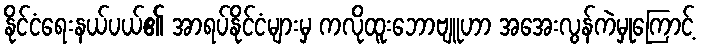
နိုင်ငံရေးနယ်ပယ်၏ အာရပ်နိုင်ငံများမှ ကလိုထူးဘောဗျူဟာ အအေးလွန်ကဲမှုကြောင့်